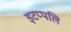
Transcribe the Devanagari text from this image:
इटप्पलि